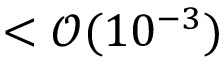
< \mathcal { O } ( 1 0 ^ { - 3 } )